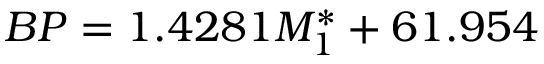
B P = 1 . 4 2 8 1 M _ { 1 } ^ { * } + 6 1 . 9 5 4